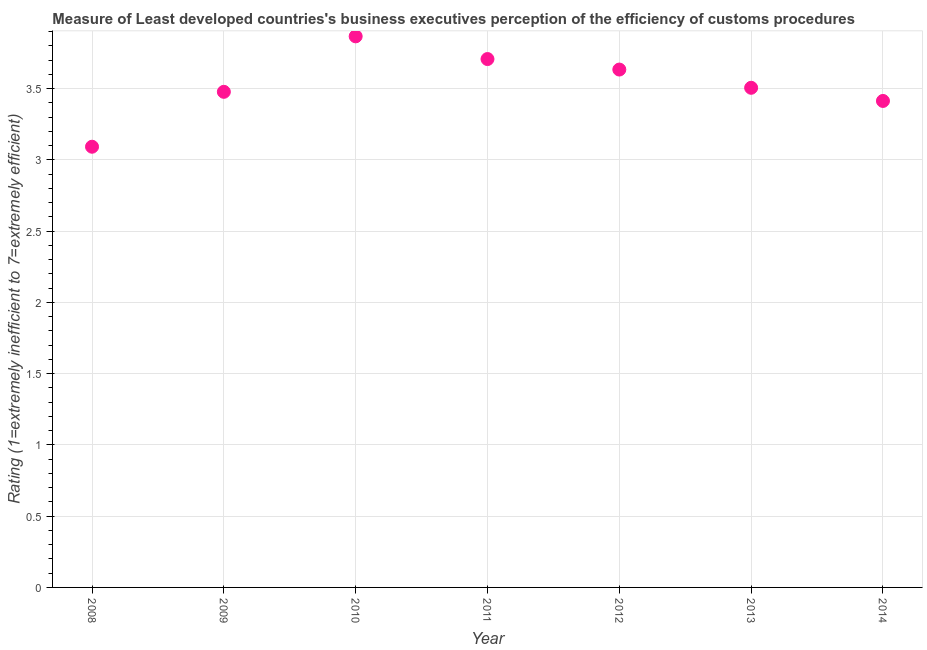
| Year | Burden of customs procedure |
 | --- | --- |
 | 2008 | 3.09 |
 | 2009 | 3.48 |
 | 2010 | 3.87 |
 | 2011 | 3.71 |
 | 2012 | 3.63 |
 | 2013 | 3.51 |
 | 2014 | 3.41 |